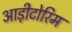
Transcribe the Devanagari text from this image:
आड़ीटोरिम